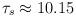
LaTeX: \begin{align*}\tau_s \approx 10.15 \end{align*}